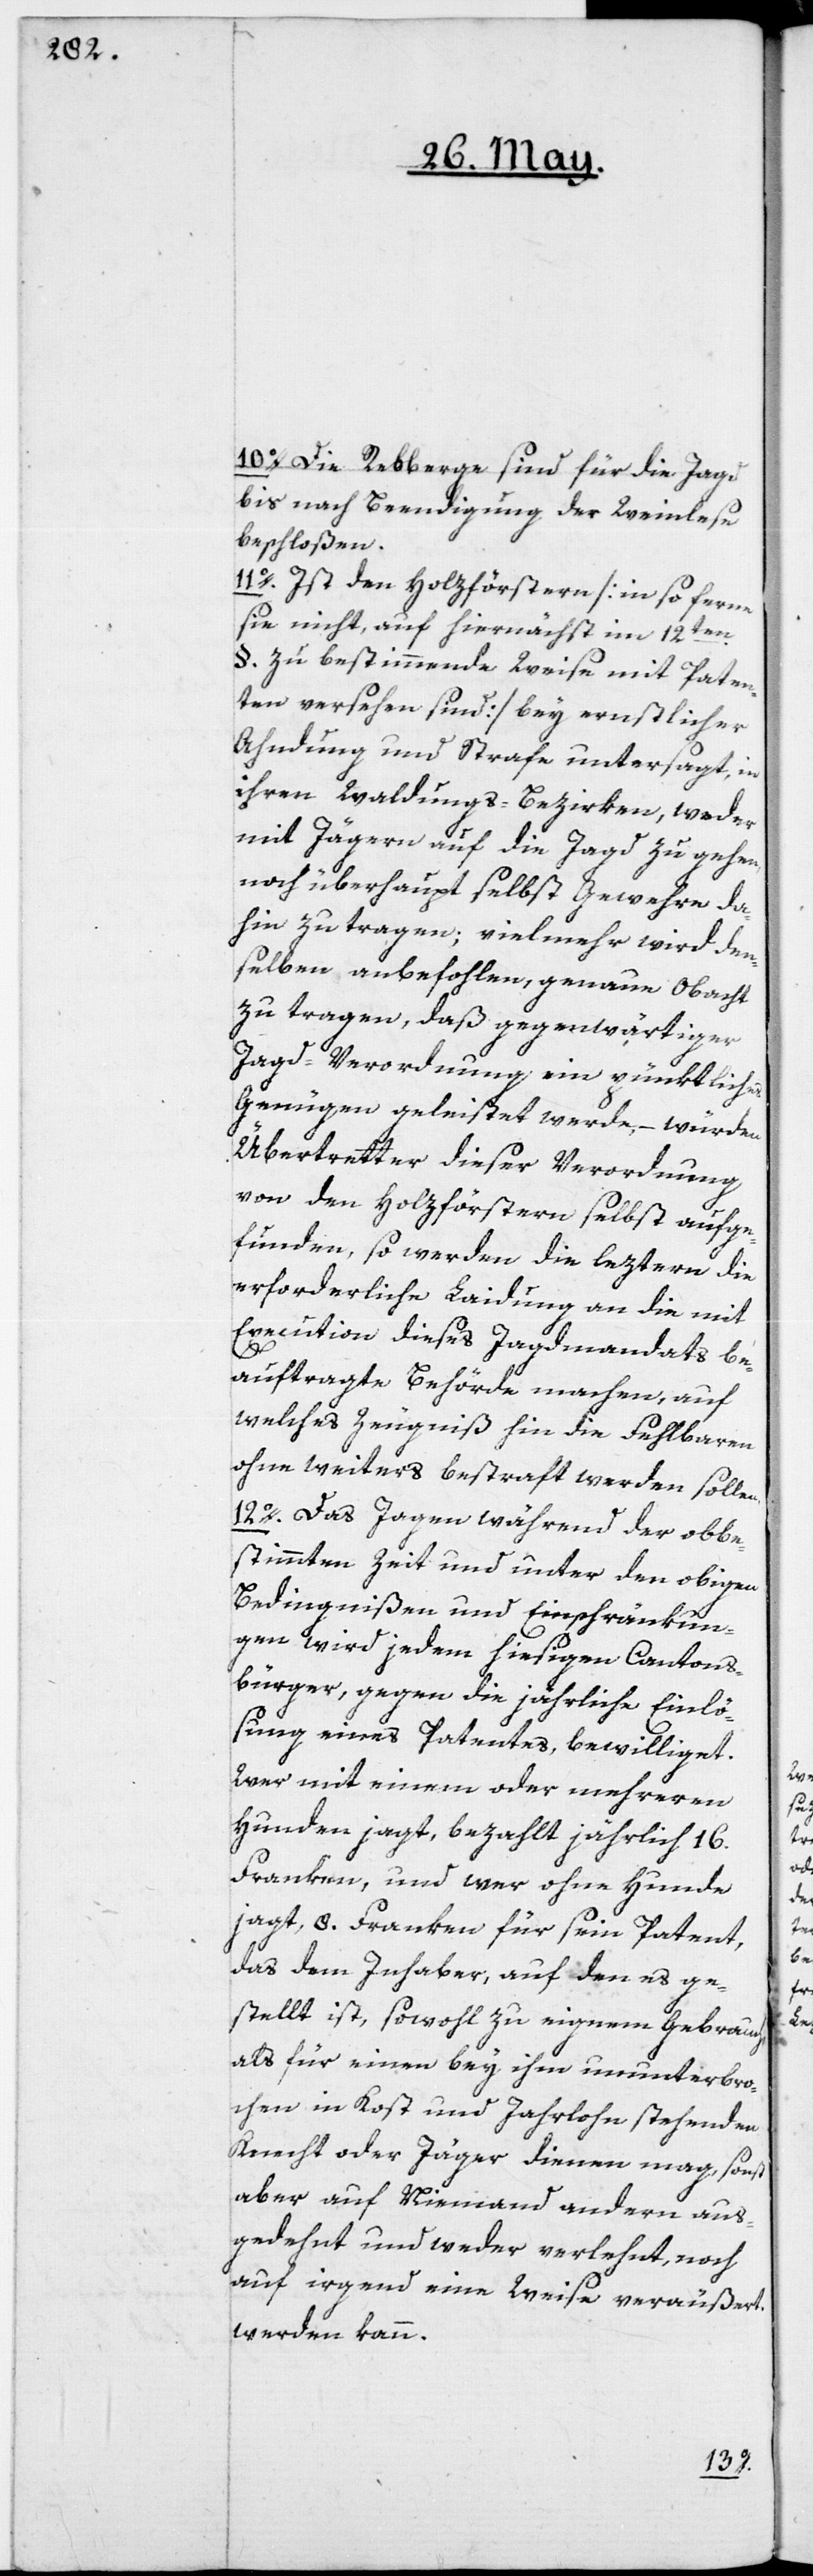
10o. Die Rebberge sind für die Jagd
bis nach Beendigung der Weinlese
beschloßen.
11o. Ist den Holzförstern [in so ferne
sie nicht, auf hiernächst im 12ten
§. zu bestimmende Weise mit Paten¬
ten versehen sind] bey ernstlicher
Ahndung und Strafe untersagt, in
ihren Waldungs-Bezirken, weder
mit Jägern auf die Jagd zu gehen,
noch überhaupt selbst Gewehre da¬
hin zu tragen; vielmehr wird den¬
selben anbefohlen, genaue Obacht
zu tragen, daß gegenwärtiger
Jagd-Verordnung ein pünktliches
Genügen geleistet werde, – würden
Übertretter dieser Verordnung
von den Holzförstern selbst aufge¬
funden, so werden die leztern die
erforderliche Laidung an die mit
Execution dieses Jagdmandats be¬
auftragte Behörde machen, auf
welches Zeugniß hin die Fehlbaren
ohne weiters bestraft werden sollen.
12o. Das Jagen während der obbe¬
stimmten Zeit und unter den obigen
Bedingnißen und Einschränkun¬
gen wird jedem hiesigen Cantons¬
bürger, gegen die jährliche Einlö¬
sung eines Patentes, bewilliget.
Wer mit einem oder mehreren
Hunden jagt, bezahlt jährlich 16.
Franken, und wer ohne Hunde
jagt, 8. Franken für sein Patent,
das dem Inhaber, auf den es ge¬
stellt ist, sowohl zu eignem Gebrauch
als für einen bey ihm ununterbro¬
chen in Kost und Jahrlohn stehenden
Knecht oder Jäger dienen mag, sonst
aber auf Niemand andern aus¬
gedehnt und weder verlehnt, noch
auf irgend eine Weise veräußert
werden kann.